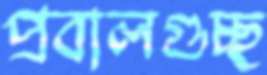
প্রবালগুচ্ছ